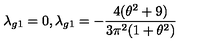
\lambda _ { g 1 } = 0 , \lambda _ { g 1 } = - \frac { 4 ( \theta ^ { 2 } + 9 ) } { 3 \pi ^ { 2 } ( 1 + \theta ^ { 2 } ) }